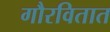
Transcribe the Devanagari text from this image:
गौरवितात